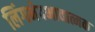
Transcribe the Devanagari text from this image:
लिंगभेदभावात्मक